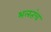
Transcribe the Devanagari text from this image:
भलतंच